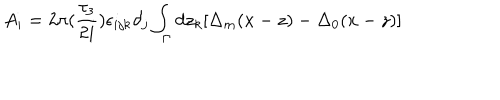
A _ { i } = 2 \pi ( \frac { \tau _ { 3 } } { 2 i } ) \epsilon _ { i j k } \partial _ { j } \int _ { \Gamma } d z _ { k } [ \Delta _ { m } ( x - z ) - \Delta _ { 0 } ( x - z ) ]